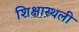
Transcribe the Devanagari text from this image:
शिक्षास्थली